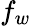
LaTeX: f_{w}